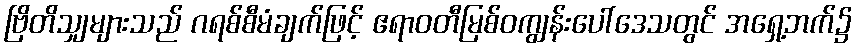
ဗြိတိသျှများသည် ဂရစ်စီမံချက်ဖြင့် ဧရာဝတီမြစ်ဝကျွန်းပေါ်ဒေသတွင် အရှေ့ဘက်၌